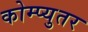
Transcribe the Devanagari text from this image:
कोम्प्युतर